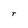
Character: r